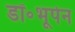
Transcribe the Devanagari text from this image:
डॉ॰भूपेन